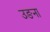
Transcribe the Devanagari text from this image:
उङना